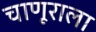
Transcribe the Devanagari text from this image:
चाणूराला